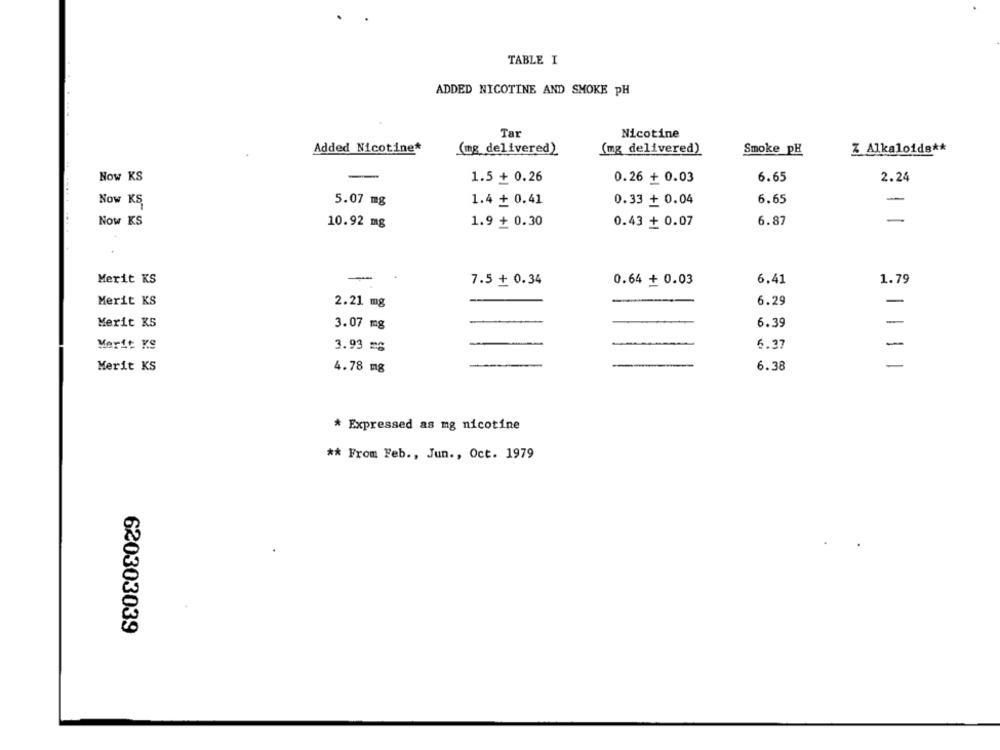
TABLE I
ADDED NICOTINE AND SMOKE PH
Tar
Nicotine
Added Nicotine*
(mg delivered)
(mg delivered)
Z Alkaloida **
Smoke_pH
Now KS
-
1.5 + 0.26
0.26 + 0.03
6.65
2.24
5.07 mg
1.4 + 0.41
0.33 + 0.04
6.65
-
Now KS,
-
Now KS
10.92 mg
1.9 + 0.30
0.43 + 0.07
6.87
-
Merit KS
7.5 + 0.34
0.64 + 0.03
6.41
1.79
-
Merit KS
2.21 mg
6.29
Merit KS
6.39
-
3.07 mg
Merit KS
6.37
-
3.93 mg
Merit KS
6.38
-
4.78 mg
* Expressed as mg nicotine
** From Feb ., Jun ., Oct. 1979
620303039